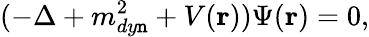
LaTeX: (-\Delta+m_{dy\mathtt{n}}^{2}+V({\mathbf{r}}))\Psi({\mathbf{r}})=0,